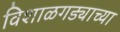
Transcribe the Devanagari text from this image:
विशाळगड्याच्या